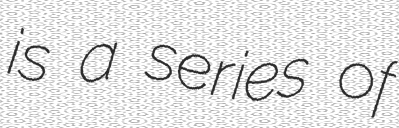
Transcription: is a series of